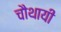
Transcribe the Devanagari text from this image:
चौथायी